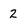
Character: 2